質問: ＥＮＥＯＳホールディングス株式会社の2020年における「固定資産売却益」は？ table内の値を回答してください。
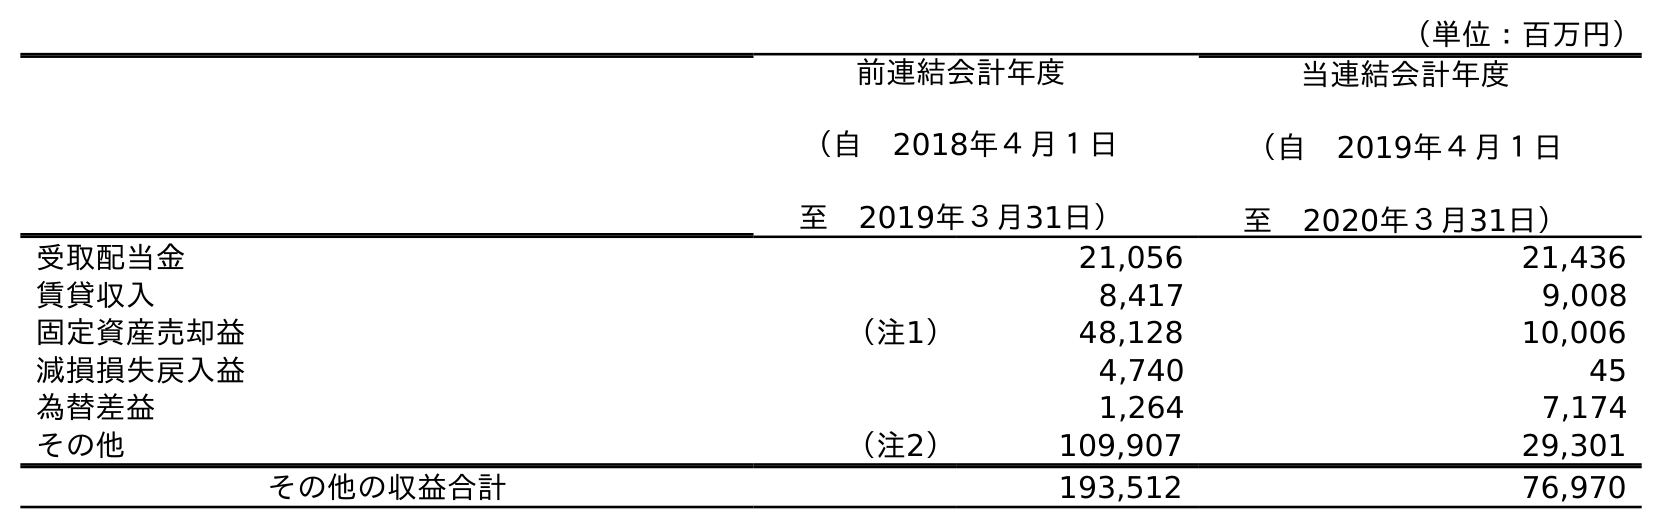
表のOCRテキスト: （単位：百万円） 前連結会計年度 （自 2018年４月１日 至 2019年３月31日） 当連結会計年度 （自 2019年４月１日 至 2020年３月31日） 受取配当金 21,056 21,436 賃貸収入 8,417 9,008 固定資産売却益 （注1） 48,128 10,006 減損損失戻入益 4,740 45 為替差益 1,264 7,174 その他 （注2） 109,907 29,301 その他の収益合計 193,512 76,970
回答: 10,006